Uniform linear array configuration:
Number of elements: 8
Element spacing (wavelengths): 0.25
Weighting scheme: uniform
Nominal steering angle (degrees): -45
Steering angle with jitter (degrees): -46.621
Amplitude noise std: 0.05
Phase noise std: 0.05

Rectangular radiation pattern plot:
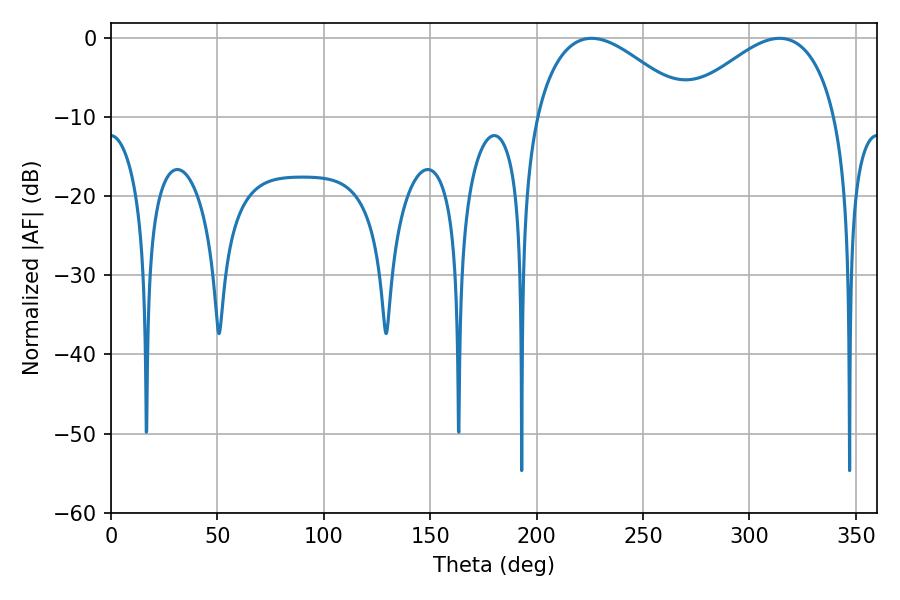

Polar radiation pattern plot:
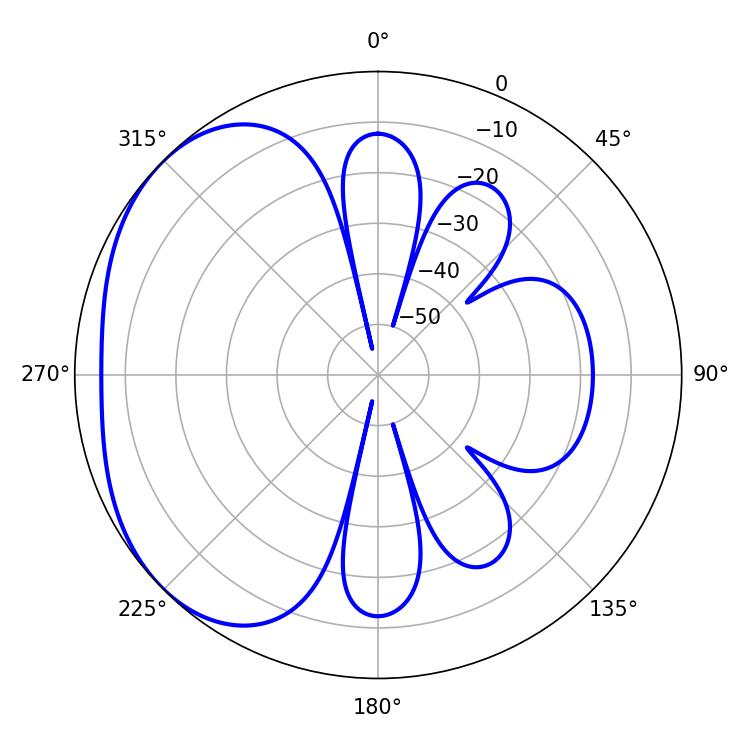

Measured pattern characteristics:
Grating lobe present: FALSE
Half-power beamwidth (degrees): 39.78
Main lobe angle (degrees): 225.9